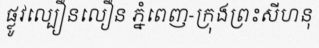
ផ្លូវល្បឿនលឿន ភ្នំពេញ-ក្រុងព្រះសីហនុ